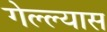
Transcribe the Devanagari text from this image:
गेल्ल्यास